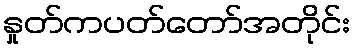
နှုတ်ကပတ်တော်အတိုင်း